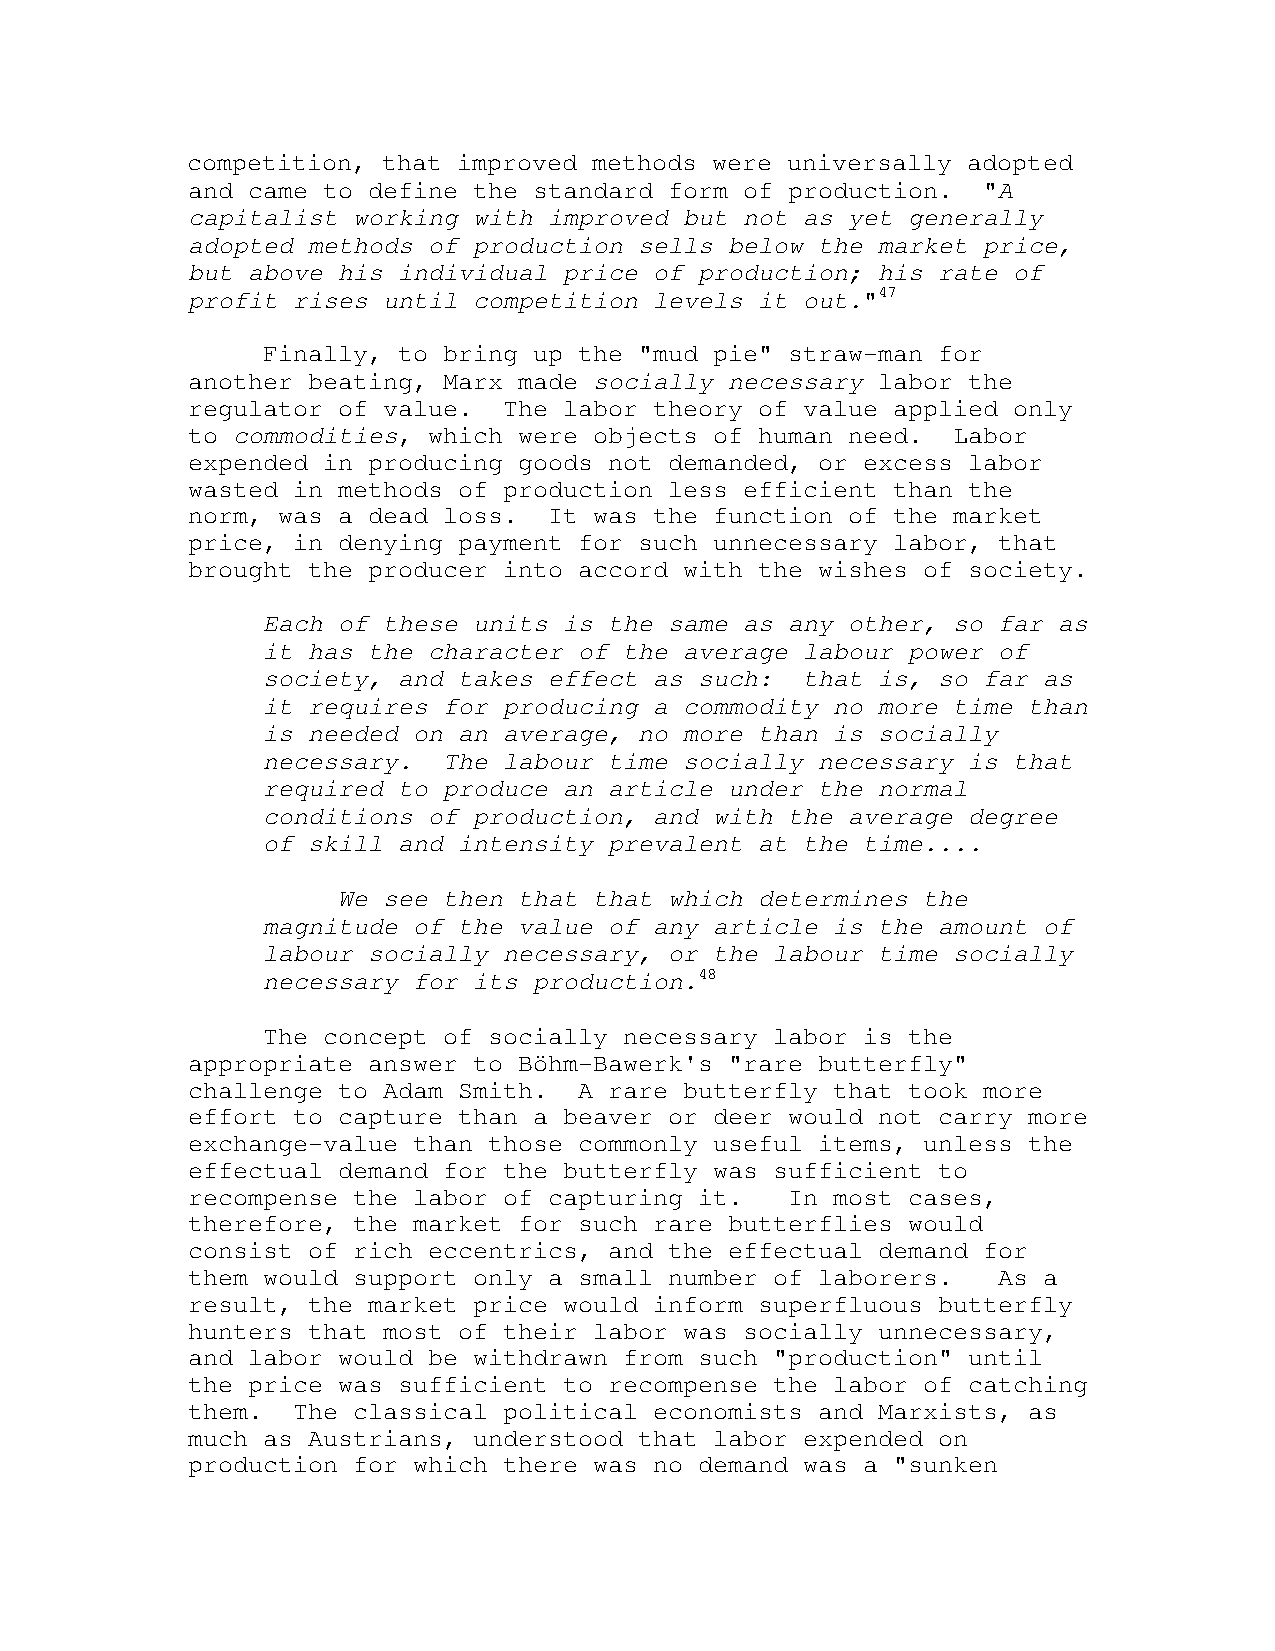
competition, that improved methods were universally adopted
 and came to define the standard form of production.  "A
 capitalist working with improved but not as yet generally
 adopted methods of production sells below the market price,
 but above his individual price of production; his rate of
 profit rises until competition levels it out."47
 Finally, to bring up the "mud pie" straw-man for
 another beating, Marx made socially necessary labor the
 regulator of value.  The labor theory of value applied only
 to commodities, which were objects of human need.  Labor
 expended in producing goods not demanded, or excess labor
 wasted in methods of production less efficient than the
 norm, was a dead loss.  It was the function of the market
 price, in denying payment for such unnecessary labor, that
 brought the producer into accord with the wishes of society.
 Each of these units is the same as any other, so far as
 it has the character of the average labour power of
 society, and takes effect as such:  that is, so far as
 it requires for producing a commodity no more time than
 is needed on an average, no more than is socially
 necessary.  The labour time socially necessary is that
 required to produce an article under the normal
 conditions of production, and with the average degree
 of skill and intensity prevalent at the time....
 We see then that that which determines the
 magnitude of the value of any article is the amount of
 labour socially necessary, or the labour time socially
 necessary for its production.48
 The concept of socially necessary labor is the
 appropriate answer to Böhm-Bawerk's "rare butterfly"
 challenge to Adam Smith.  A rare butterfly that took more
 effort to capture than a beaver or deer would not carry more
 exchange-value than those commonly useful items, unless the
 effectual demand for the butterfly was sufficient to
 recompense the labor of capturing it.   In most cases,
 therefore, the market for such rare butterflies would
 consist of rich eccentrics, and the effectual demand for
 them would support only a small number of laborers.   As a
 result, the market price would inform superfluous butterfly
 hunters that most of their labor was socially unnecessary,
 and labor would be withdrawn from such "production" until
 the price was sufficient to recompense the labor of catching
 them.  The classical political economists and Marxists, as
 much as Austrians, understood that labor expended on
 production for which there was no demand was a "sunken